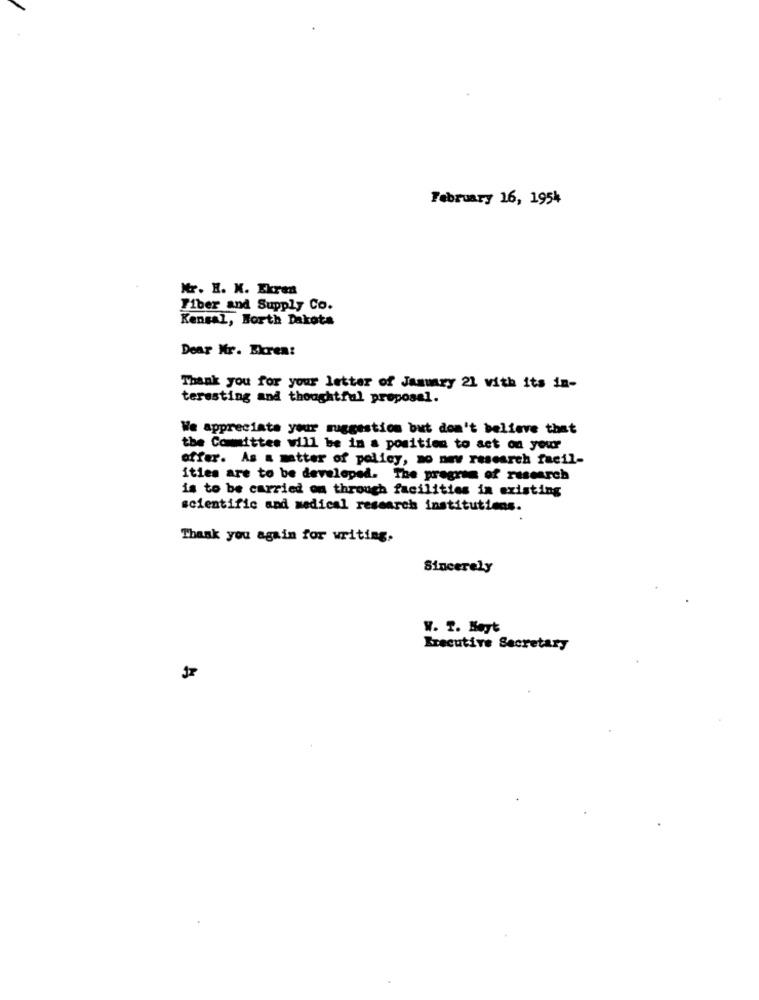
February 16, 1954
Mr. H. K. Ekran
Fiber and Supply Co.
Kensal, Borth Dakota
Dear Mr. Ekrem:
Thank you for your letter of January 21 with its in-
teresting and thoughtful proposal.
We appreciate your suggestion but don't believe that
the Committee will be in a position to act on your
offer. As a matter of policy, no new research facil-
ities are to be developed. The program of research
is to be carried on through facilities in existing
scientific and medical research institutions.
Thank you again for writing.
Sincerely
W. T. Høyt
Bracutive Secretary